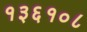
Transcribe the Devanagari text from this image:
१३६१०८